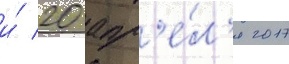
и́ 20 апр'е́л'я 2017